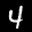
Label: 4